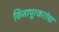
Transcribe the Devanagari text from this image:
विजापूरकरांचा